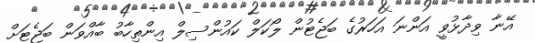
އޭނާ ވިދާޅުވީ އަންނަ އަހަރުގެ ބަޖެޓުން ލޯކަލް ކައުންސިލް އިންތިހާބު ބާއްވަން ބަޖެޓަށް